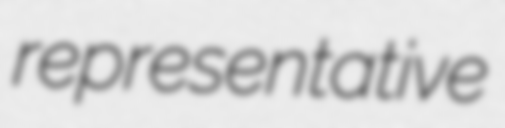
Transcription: representative